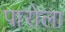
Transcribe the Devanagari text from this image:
पारोला